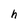
Character: h